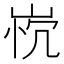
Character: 𰎤